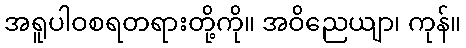
အရူပါဝစရတရားတို့ကို။ အဝိညေယျာ၊ ကုန်။